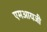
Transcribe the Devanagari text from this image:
एमआयजी